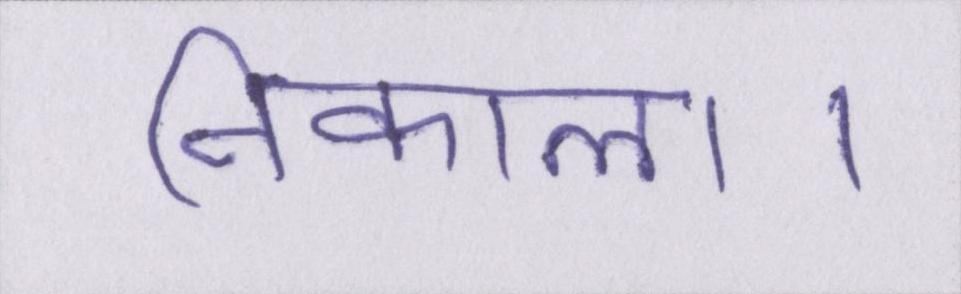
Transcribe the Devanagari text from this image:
निकाला।